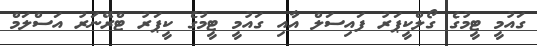
ގައުމީ ޓީމުގެ ގޯލްކީޕަރު ފައިސަލް އާއި ގައުމީ ޓީމުގެ ކީޕަރު ޓްރޭނަރު އަސްލަމް